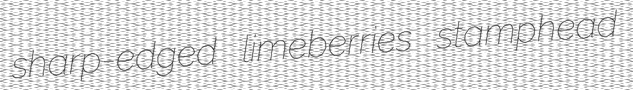
sharp-edged limeberries stamphead